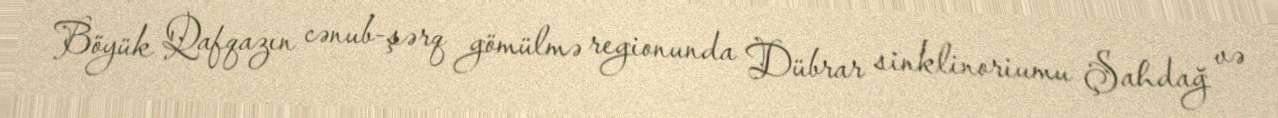
Böyük Qafqazın cənub-şərq gömülmə regionunda Dübrar sinklinoriumu Şahdağ və